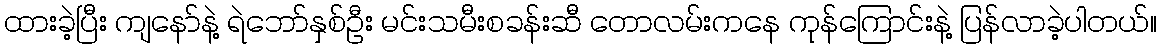
ထားခဲ့ပြီး ကျနော်နဲ့ ရဲဘော်နှစ်ဦး မင်းသမီးစခန်းဆီ တောလမ်းကနေ ကုန်ကြောင်းနဲ့ ပြန်လာခဲ့ပါတယ်။